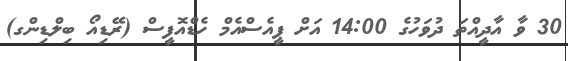
30 ވާ އާދީއްތަ ދުވަހުގެ 14:00 އަށް ޕީއެސްއެމް ހެޑްއޮފީސް (ރޭޑިއޯ ބިލްޑިންގ)